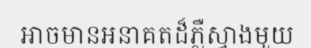
អាចមានអនាគតដ៏ភ្លឺស្វាងមួយ